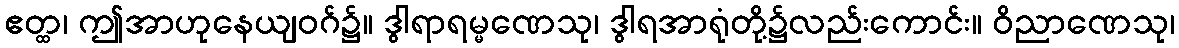
ဧတ္ထ၊ ဤအာဟုနေယျဝဂ်၌။ ဒွါရာရမ္မဏေသု၊ ဒွါရအာရုံတို့၌လည်းကောင်း။ ဝိညာဏေသု၊